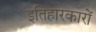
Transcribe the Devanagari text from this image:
इतिहारकारों